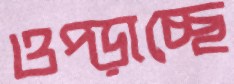
ওপ্‌ড়াচ্ছে